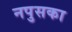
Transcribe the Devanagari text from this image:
नपुसका